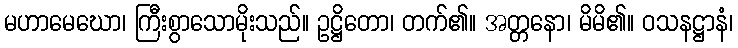
မဟာမေဃော၊ ကြီးစွာသောမိုးသည်။ ဥဋ္ဌိတော၊ တက်၏။ အတ္တနော၊ မိမိ၏။ ဝသနဋ္ဌာနံ၊